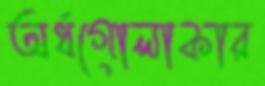
অর্ধগোলাকার